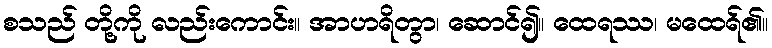
စသည် တို့ကို လည်းကောင်း။ အာဟရိတွာ၊ ဆောင်၍။ ထေရဿ၊ မထေရ်၏။